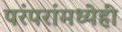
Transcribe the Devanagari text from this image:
परंपरांमध्येही